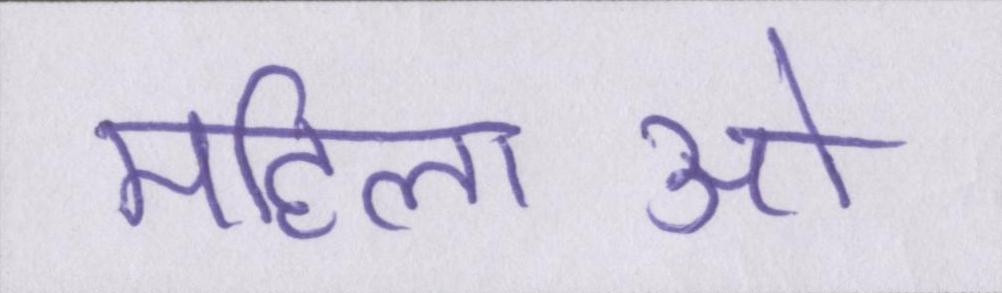
महिलाओ